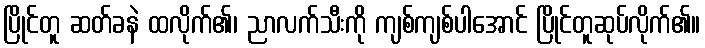
ပြိုင်တူ ဆတ်ခနဲ ထလိုက်၏၊ ညာလက်သီးကို ကျစ်ကျစ်ပါအောင် ပြိုင်တူဆုပ်လိုက်၏။